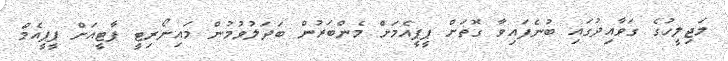
މަޖިލީހުގެ ގަވާއިދުގައި ބުނެފައިވާ ގޮތަށް ޕީޕީއެމަށް މެންބަރުން ބަދަލުވުމުން މައިނޯރިޓީ ޕާޓީއަށް ޕީޕީއެމް